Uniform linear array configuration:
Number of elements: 12
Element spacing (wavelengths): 0.5
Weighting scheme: blackman
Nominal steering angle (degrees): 45
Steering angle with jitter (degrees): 46.554
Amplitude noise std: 0.05
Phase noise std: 0.05

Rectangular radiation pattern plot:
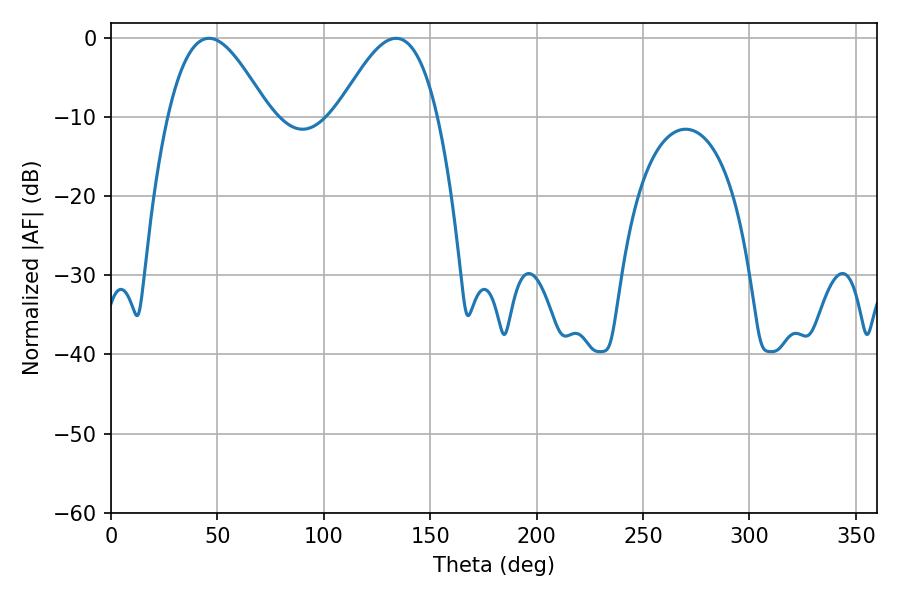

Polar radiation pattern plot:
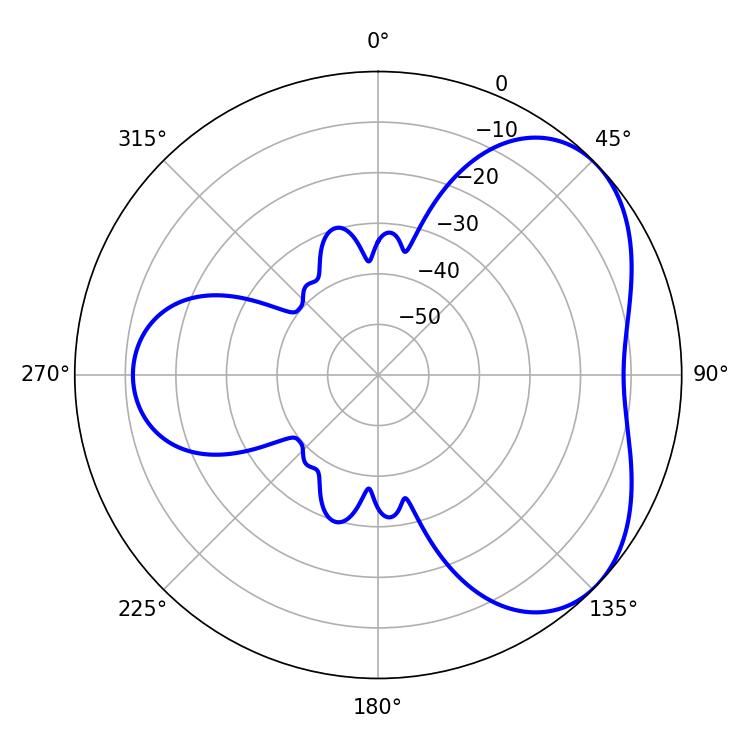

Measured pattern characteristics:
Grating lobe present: FALSE
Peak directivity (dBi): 4.475
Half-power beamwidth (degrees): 25.56
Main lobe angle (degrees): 46.08